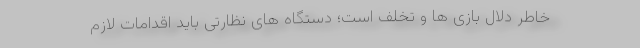
خاطر دلال بازی ها و تخلف است؛ دستگاه های نظارتی باید اقدامات لازم